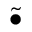
\widetilde { \bullet }